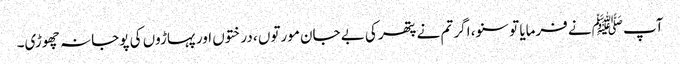
آپ ﷺنے فرمایا تو سنو، اگر تم نے پتھر کی بے جان مورتوں ، درختوں اور پہاڑوں کی پوجا نہ چھوڑی۔